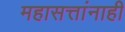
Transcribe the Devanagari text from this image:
महासत्तांनाही